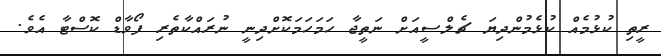
ރީތި ކުޅުމެއް ކުޅެމުންދިޔަ ޗެލްސީއަށް ނަތީޖާ ހަމަހަމަކޮށްދިނީ ނުރައްކާތެރި ފޯވާޑް ކޮސްޓާ އެވެ.